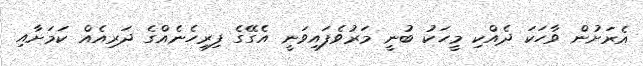
އެރަށުން ވާހަކަ ދެއްކި މީހަކު ބުނީ މަރުވެފައިވަނީ އެގޭގެ ފިރިހެނެއްގެ ދަރިއެއް ކަމަށާއި